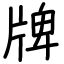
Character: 牌